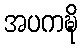
အပကဍ္ဎိ